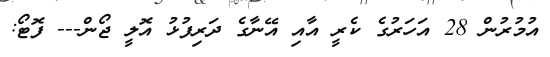
އުމުރުން 28 އަހަރުގެ ކެރީ އާއި އޭނާގެ ދަރިފުޅު އޮލީ ޖޯން--- ފޮޓޯ: